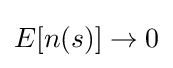
E[n(s)]\to 0